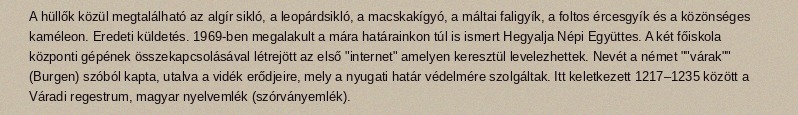
A hüllők közül megtalálható az algír sikló, a leopárdsikló, a macskakígyó, a máltai faligyík, a foltos ércesgyík és a közönséges kaméleon. Eredeti küldetés. 1969-ben megalakult a mára határainkon túl is ismert Hegyalja Népi Együttes. A két főiskola központi gépének összekapcsolásával létrejött az első "internet" amelyen keresztül levelezhettek. Nevét a német ""várak"" (Burgen) szóból kapta, utalva a vidék erődjeire, mely a nyugati határ védelmére szolgáltak. Itt keletkezett 1217–1235 között a Váradi regestrum, magyar nyelvemlék (szórványemlék).